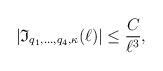
\begin{align*}|\mathfrak{I}_{q_1,\ldots, q_4, \kappa}(\ell)|\leq \frac{C}{\ell^ {3}},\end{align*}